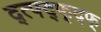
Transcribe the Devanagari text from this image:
द्त्फ्द्फ्द्फ्